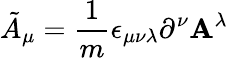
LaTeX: {\tilde{A}}_{\mu}=\frac{1}{m}\epsilon_{\mu\nu\lambda}\partial^{\nu}{\mathbf A}^{\lambda}